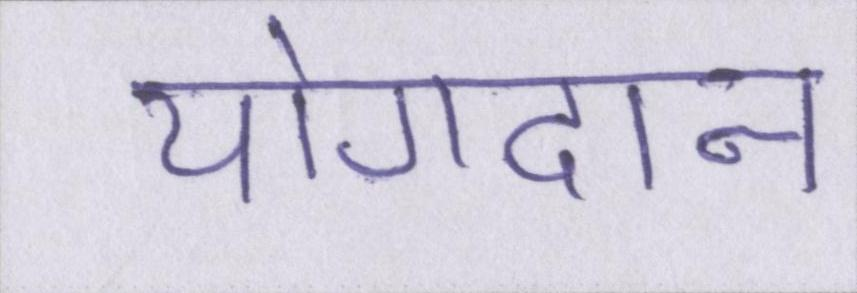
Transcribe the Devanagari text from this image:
योगदान